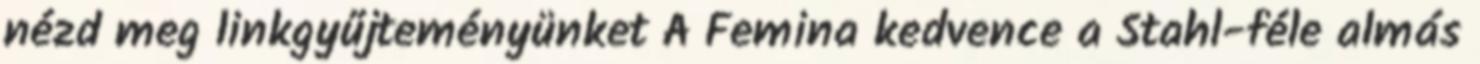
nézd meg linkgyűjteményünket A Femina kedvence a Stahl-féle almás